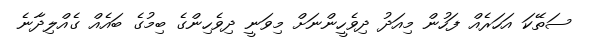
ސަތޭކަ އަހަރެއް ފަހުން މިއަދު ދިވެހީންނަށް މިވަނީ ދިވެހިންގެ ބިމުގެ ބައެއް ގެއްލިދާނެ